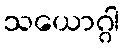
သယောဂ္ဂါ